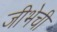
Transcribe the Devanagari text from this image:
जीभेची